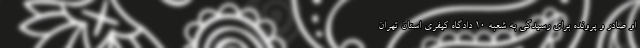
او صادر و پرونده برای رسیدگی به شعبه ۱۰ دادگاه کیفری استان تهران